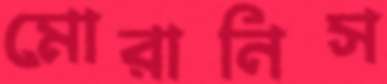
মোরানিস